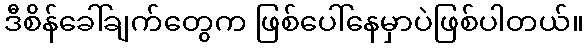
ဒီစိန်ခေါ်ချက်တွေက ဖြစ်ပေါ်နေမှာပဲဖြစ်ပါတယ်။